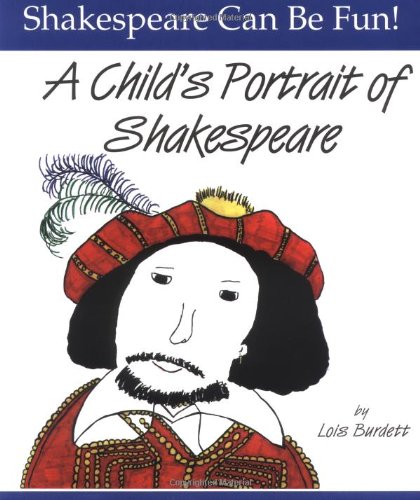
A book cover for A Child's Portrait of Shakespeare (Shakespeare Can Be Fun series); Lois Burdett; Literature & Fiction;